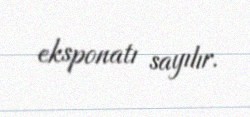
eksponatı sayılır.